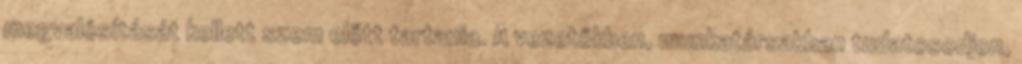
megvalósítását kellett szem előtt tartania. A vezetőkben, munkatársakban tudatosodjon,